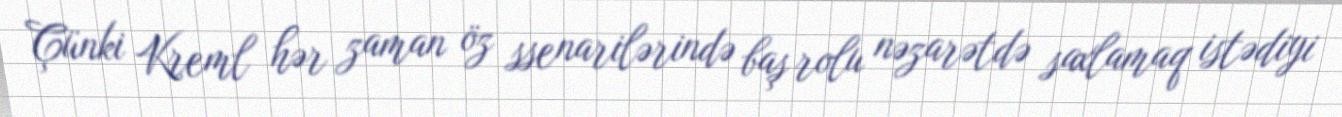
Çünki Kreml hər zaman öz ssenarilərində baş rolu nəzarətdə saxlamaq istədiyi